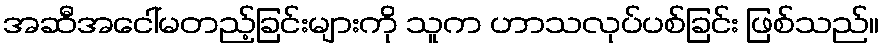
အဆီအငေါ်မတည့်ခြင်းများကို သူက ဟာသလုပ်ပစ်ခြင်း ဖြစ်သည်။